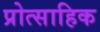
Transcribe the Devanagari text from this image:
प्रोत्साहिक